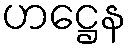
ဟဋ္ဌေန